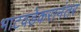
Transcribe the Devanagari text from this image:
भाटवडेकरानंतर